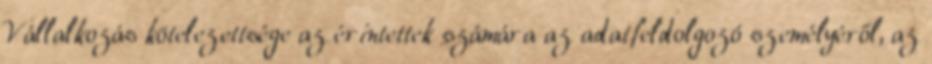
Vállalkozás kötelezettsége az érintettek számára az adatfeldolgozó személyéről, az